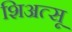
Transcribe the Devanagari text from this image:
शिअत्सू